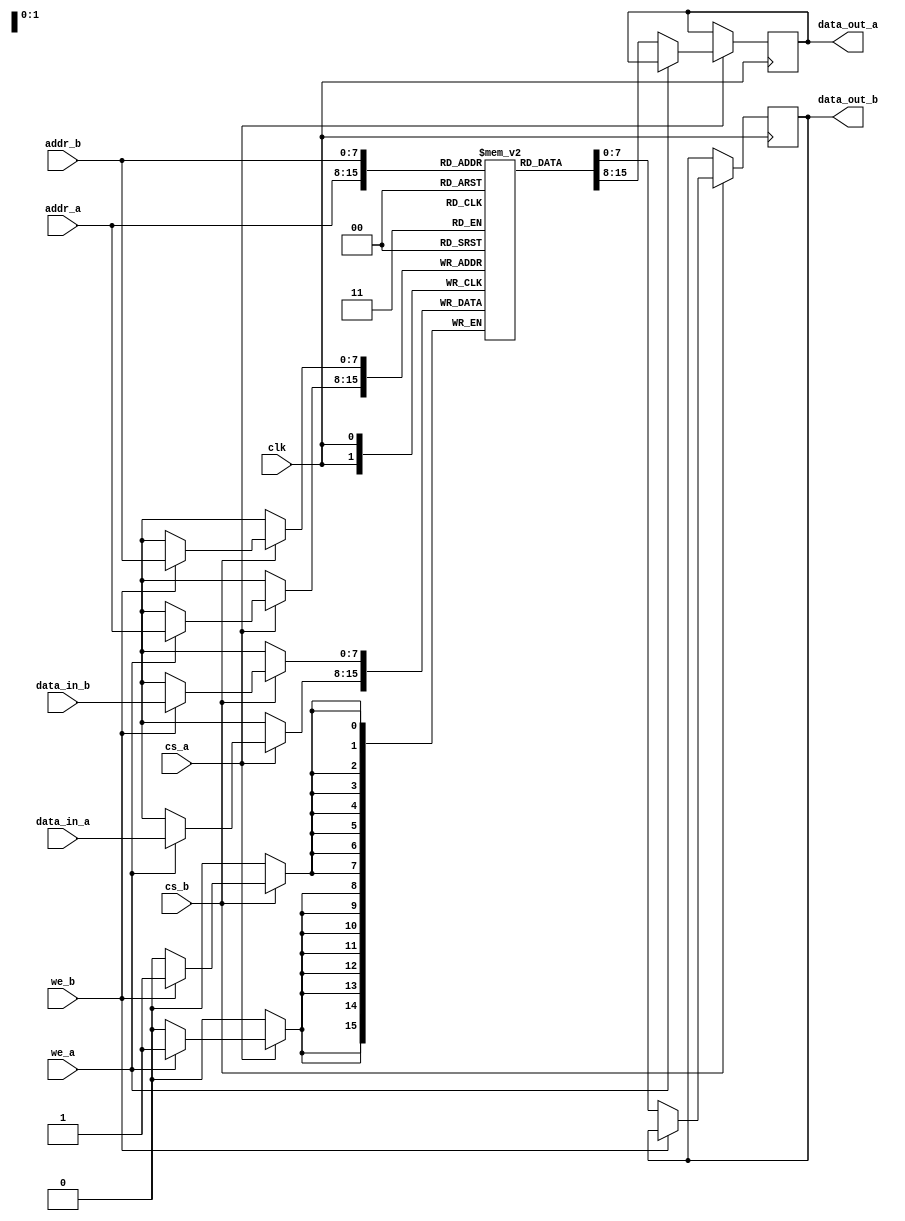
module MPSRAM #(
    parameter DATA_WIDTH = 8,  // Configurable data width (8, 16, 32, etc.)
    parameter ADDR_WIDTH = 8,   // Address width
    parameter MEM_DEPTH = 256    // Memory depth (2^ADDR_WIDTH)
)(
    input wire clk,
    input wire [ADDR_WIDTH-1:0] addr_a,  // Address for Port A
    input wire [DATA_WIDTH-1:0] data_in_a, // Data input for Port A
    input wire we_a,                     // Write enable for Port A
    input wire cs_a,                     // Chip select for Port A
    output reg [DATA_WIDTH-1:0] data_out_a, // Data output for Port A

    input wire [ADDR_WIDTH-1:0] addr_b,  // Address for Port B
    input wire [DATA_WIDTH-1:0] data_in_b, // Data input for Port B
    input wire we_b,                     // Write enable for Port B
    input wire cs_b,                     // Chip select for Port B
    output reg [DATA_WIDTH-1:0] data_out_b // Data output for Port B
);

    // Memory array
    reg [DATA_WIDTH-1:0] mem [0:MEM_DEPTH-1];

    // Port A Read/Write Logic
    always @(posedge clk) begin
        if (cs_a) begin
            if (we_a) begin
                // Write operation
                mem[addr_a] <= data_in_a;
            end else begin
                // Read operation
                data_out_a <= mem[addr_a];
            end
        end
    end

    // Port B Read/Write Logic
    always @(posedge clk) begin
        if (cs_b) begin
            if (we_b) begin
                // Write operation
                mem[addr_b] <= data_in_b;
            end else begin
                // Read operation
                data_out_b <= mem[addr_b];
            end
        end
    end

endmodule